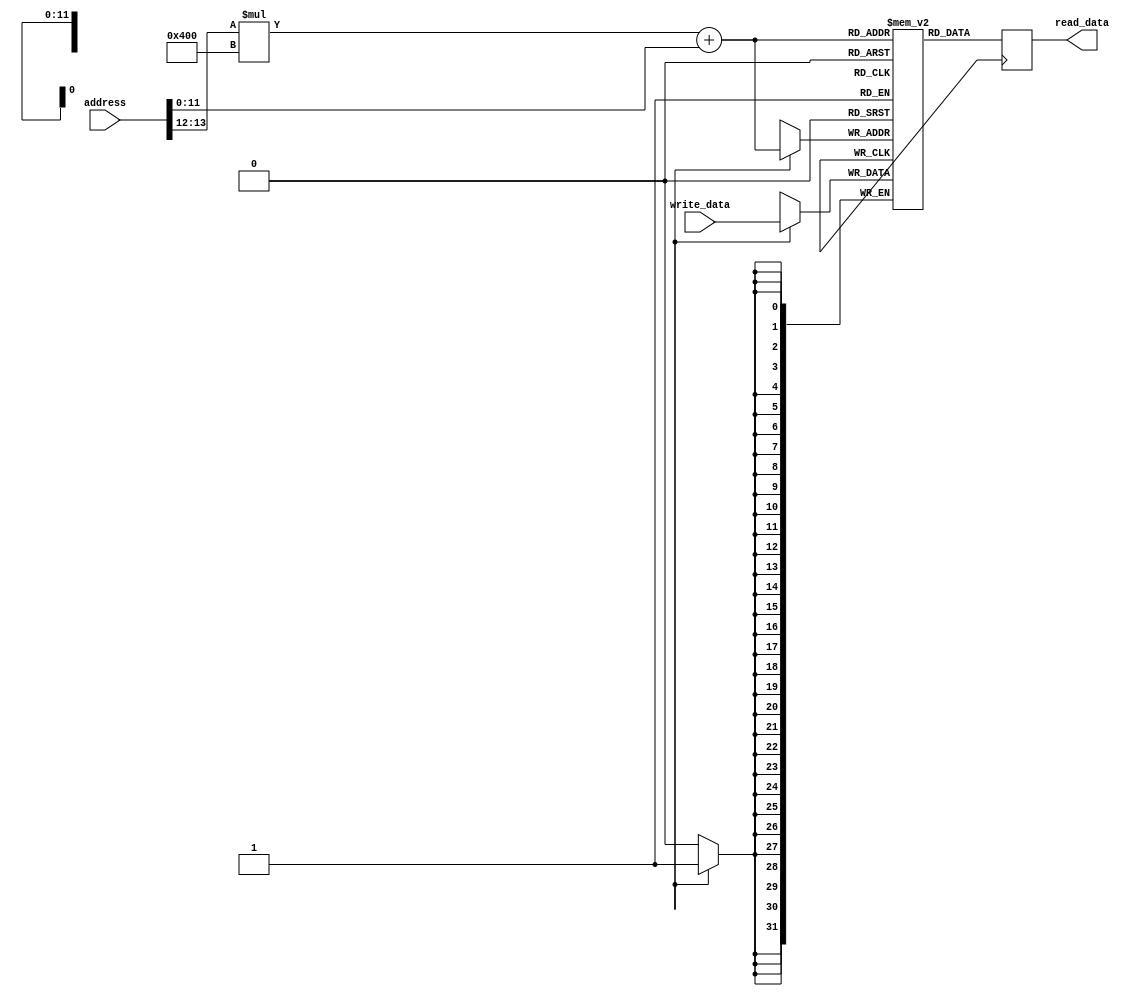
module QDR_SRAM (
    input wire [31:0] address,
    input wire [31:0] write_data,
    output reg [31:0] read_data
);

reg [31:0] mem[3:0][1023:0];

always @ (posedge clk) begin
    if (write_en)
        mem[address[13:12]][address[11:0]] <= write_data;
    read_data <= mem[address[13:12]][address[11:0]];
end

endmodule